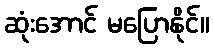
ဆုံးအောင် မပြောနိုင်။